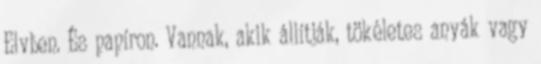
Elvben. És papíron. Vannak, akik állítják, tökéletes anyák vagy